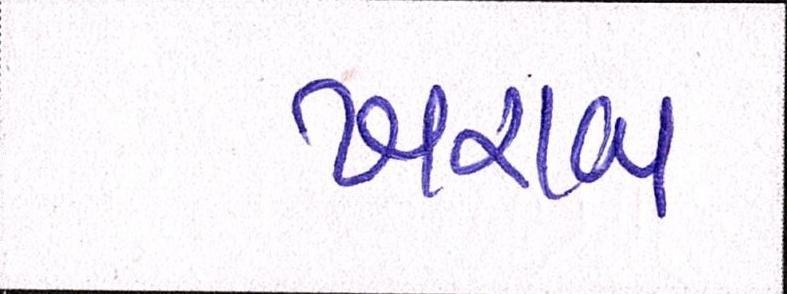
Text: ખરાબ